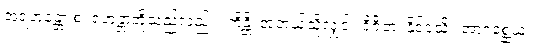
အရဟန္တော စ၊ ရဟန္တာတို့သည်လည်း။ ကိန္တိ၊ အဘယ်သို့လျှင်။ ဝိဇိတံ၊ နိုင်ငံသို့။ အာဂစ္ဆေယျ၊